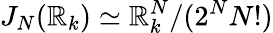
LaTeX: J_{N}(\mathbb{R}_{k})\simeq\mathbb{R}_{k}^{N}/(2^{N}{N!})